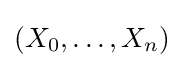
(X_{0},\ldots ,X_{n})